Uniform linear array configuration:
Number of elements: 16
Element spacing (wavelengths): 0.5
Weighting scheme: cosine
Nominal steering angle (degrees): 60
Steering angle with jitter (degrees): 59.193
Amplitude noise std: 0.05
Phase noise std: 0.05

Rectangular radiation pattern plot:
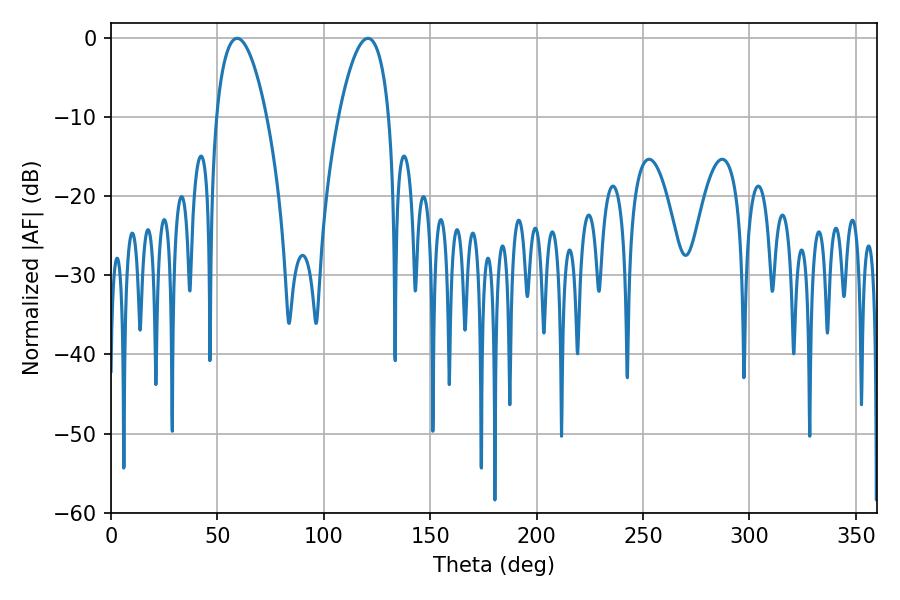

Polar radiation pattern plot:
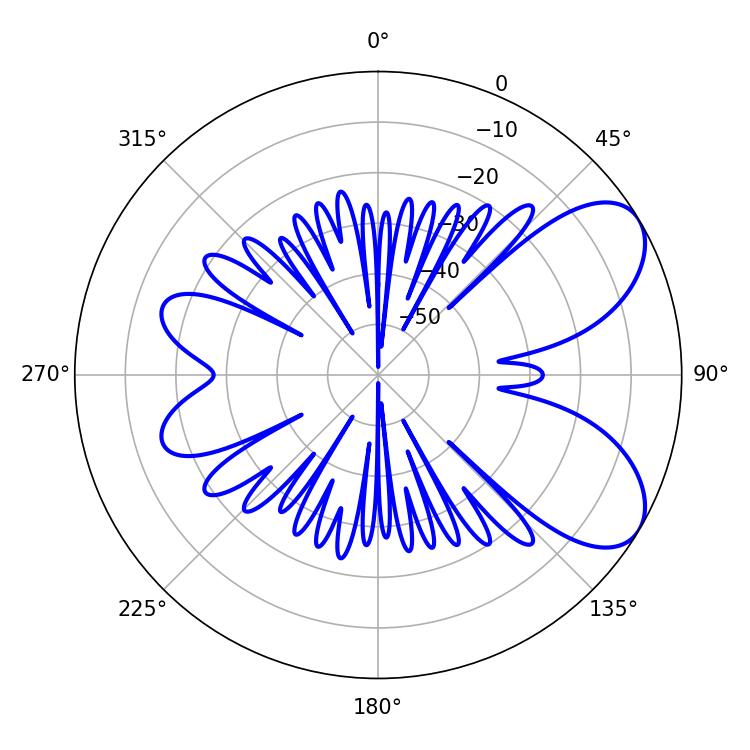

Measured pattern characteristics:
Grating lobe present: FALSE
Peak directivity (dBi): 6.871
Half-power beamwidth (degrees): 13.32
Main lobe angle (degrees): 59.22